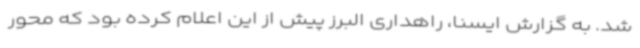
شد. به گزارش ایسنا، راهداری البرز پیش از این اعلام کرده بود که محور